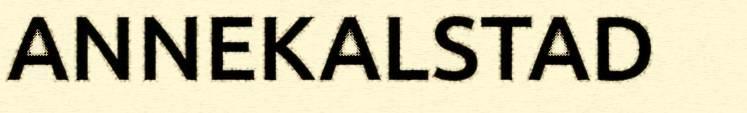
ANNEKALSTAD